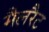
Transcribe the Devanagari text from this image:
मैलरैट